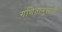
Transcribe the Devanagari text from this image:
गणितानुसारी